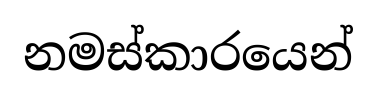
නමස්කාරයෙන්